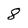
Character: 8